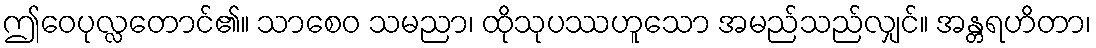
ဤဝေပုလ္လတောင်၏။ သာစေဝ သမညာ၊ ထိုသုပဿဟူသော အမည်သည်လျှင်။ အန္တရဟိတာ၊